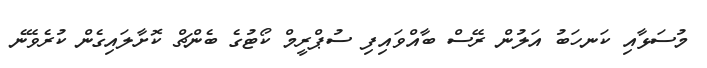
މުސަޅާއި ކަނހަބު އަލުން ރޭސް ބާއްވައިފި ސުޕްރީމް ކޯޓުގެ ބެންޗް ކޮށާލަައިގެން ކުރެވޭނެ